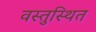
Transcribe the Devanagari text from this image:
वस्तुस्थित